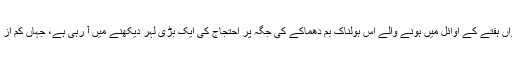
ان پَے در پَے حملوں پر عوامی غم و غصّے میں اضافہ ہوتا جا رہا ہے اور رواں ہفتے کے اوائل میں ہونے والے اُس ہولناک بم دھماکے کی جگہ پر احتجاج کی ایک بڑی لہر دیکھنے میں آ رہی ہے، جہاں کم از کم دو سو جبکہ مقامی میڈیا کے مطابق تقریباً تین سو افراد ہلاک ہو گئے تھے۔